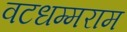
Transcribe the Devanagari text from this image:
वटधम्मराम